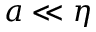
a \ll \eta